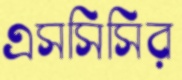
এসসিসির